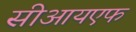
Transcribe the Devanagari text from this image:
सीआयएफ